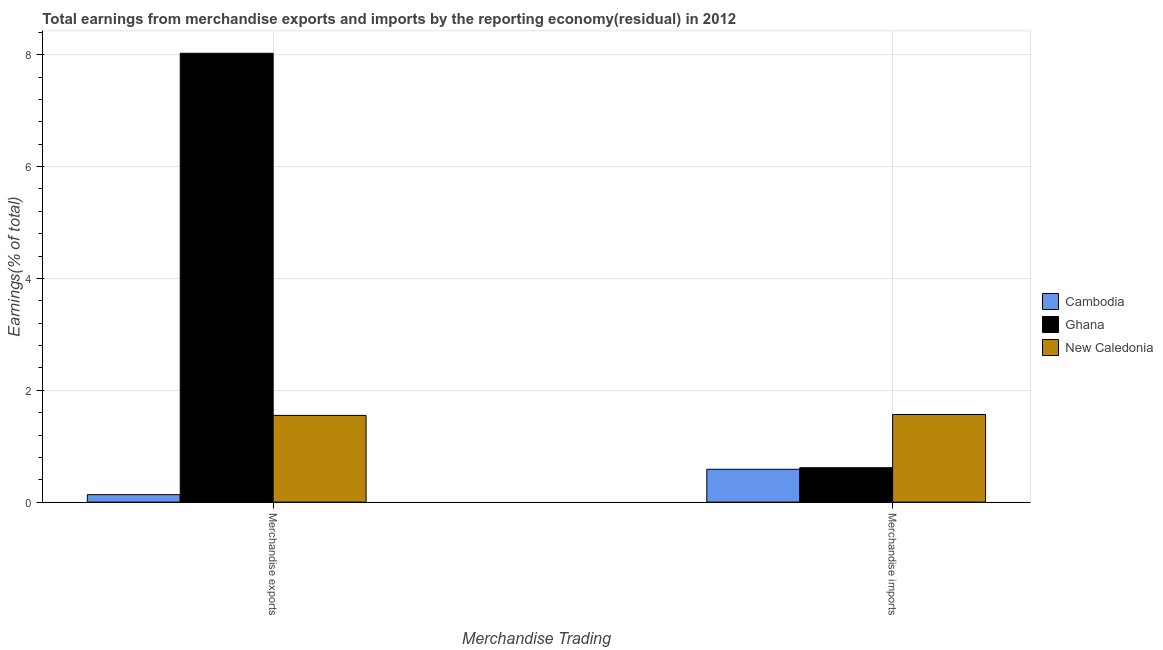
| Merchandise Trading | Cambodia | Ghana | New Caledonia |
 | --- | --- | --- | --- |
 | Merchandise exports | 0.134 | 8.03 | 1.55 |
 | Merchandise imports | 0.587 | 0.615 | 1.57 |